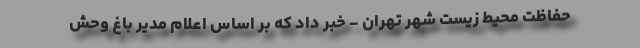
حفاظت محیط زیست شهر تهران - خبر داد که بر اساس اعلام مدیر باغ وحش